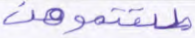
طلقتموهن